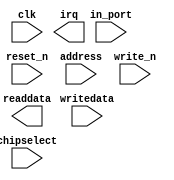
// This program was cloned from: https://github.com/stanford-ppl/spatial-lang
// License: MIT License

module ghrd_10as066n2_button_pio (
		input  wire        clk,        //                 clk.clk
		input  wire [3:0]  in_port,    // external_connection.export
		output wire        irq,        //                 irq.irq
		input  wire        reset_n,    //               reset.reset_n
		input  wire [1:0]  address,    //                  s1.address
		input  wire        write_n,    //                    .write_n
		input  wire [31:0] writedata,  //                    .writedata
		input  wire        chipselect, //                    .chipselect
		output wire [31:0] readdata    //                    .readdata
	);
endmodule